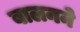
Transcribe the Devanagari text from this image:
बालनने